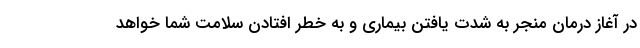
در آغاز درمان منجر به شدت یافتن بیماری و به خطر افتادن سلامت شما خواهد